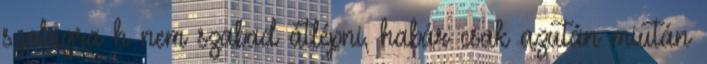
szalagra h nem szabad átlépni, habár csak azután miután